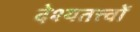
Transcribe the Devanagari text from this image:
देश्यतत्त्वों